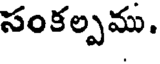
సంకల్పము.